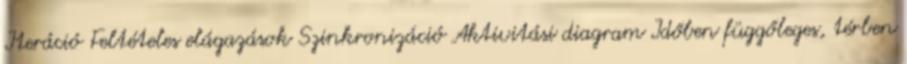
Iteráció Feltételes elágazások Szinkronizáció Aktivitási diagram Időben függőleges, térben